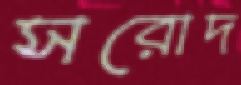
সরোদ